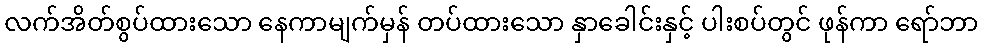
လက်အိတ်စွပ်ထားသော နေကာမျက်မှန် တပ်ထားသော နှာခေါင်းနှင့် ပါးစပ်တွင် ဖုန်ကာ ရော်ဘာ